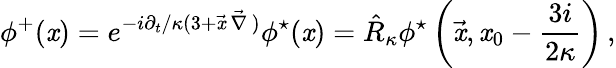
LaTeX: \phi^{+}(\mathit{x})=e^{-{i\partial_{t}/\kappa}(3+\vec{{\mathit{x}}}\, \vec{{\nabla}}\, )}\phi^{\star}(\mathit{x})=\hat{{R}}_{\kappa}\phi^{\star}\left(\vec{{\mathit{x}}},\mathit{x}_{0}-{\frac{{3i}}{{2\kappa}}}\right)\, ,